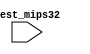
`timescale 1ns / 1ps
//////////////////////////////////////////////////////////////////////////////////
// Company: 
// Engineer: 
// 
// Design Name: 
// Module Name: testbench
// Project Name: 
// Target Devices: 
// Tool Versions: 
// Description: 
// 
// Dependencies: 
// 
// Revision:
// Revision 0.01 - File Created
// Additional Comments:
// 
//////////////////////////////////////////////////////////////////////////////////


module testbench(
    input test_mips32
    );
endmodule